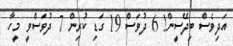
އަދިވެސް ބިދޭސީން! 6 ދުވަސް 19 ގަޑި ކުރިން 7 ދުވަސްވީ މީހާ